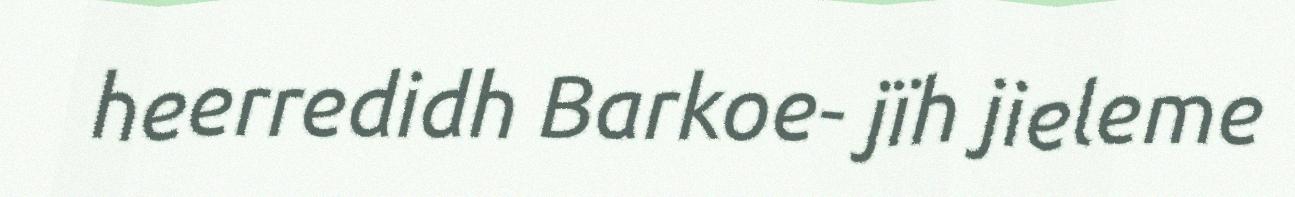
heerredidh Barkoe- jïh jieleme